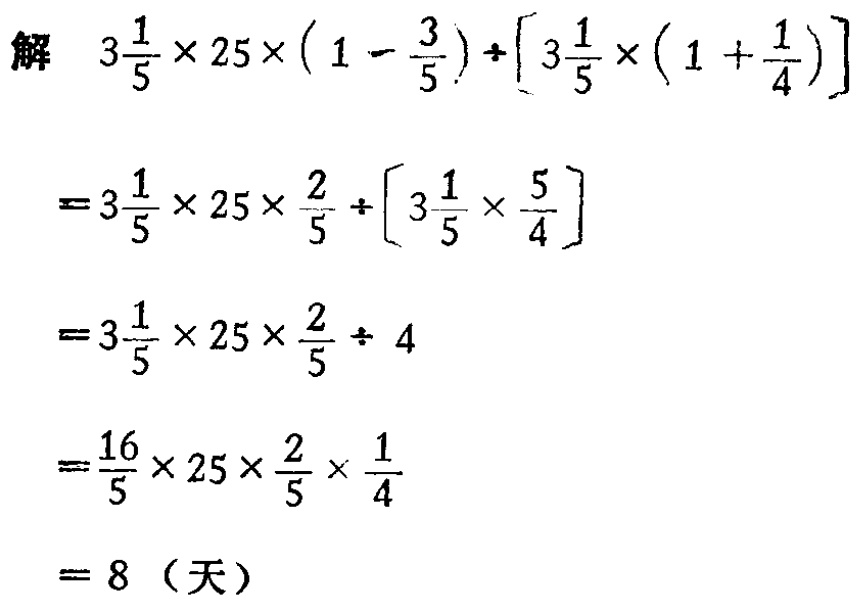
\[

\begin{align*}

&3\frac{1}{5} \times 25 \times (1 - \frac{3}{5}) \div [3\frac{1}{5} \times (1 + \frac{1}{4})]\\

=&3\frac{1}{5} \times 25 \times \frac{2}{5} \div [3\frac{1}{5} \times \frac{5}{4}]\\

=&3\frac{1}{5} \times 25 \times \frac{2}{5} \div 4\\

=&\frac{16}{5} \times 25 \times \frac{2}{5} \times \frac{1}{4}\\

=&8（天）

\end{align*}

\]